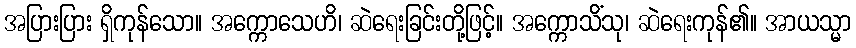
အပြားပြား ရှိကုန်သော။ အက္ကောသေဟိ၊ ဆဲရေးခြင်းတို့ဖြင့်။ အက္ကောသိံသု၊ ဆဲရေးကုန်၏။ အာယသ္မာ